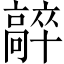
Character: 𩫛